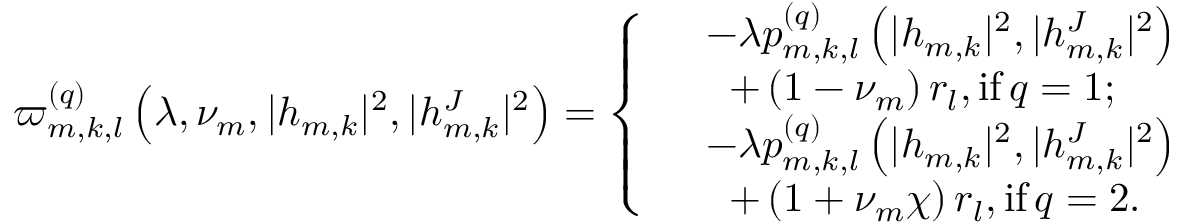
\varpi _ { m , k , l } ^ { ( q ) } \left( \lambda , \nu _ { m } , | h _ { m , k } | ^ { 2 } , | h _ { m , k } ^ { J } | ^ { 2 } \right) = \left\{ \begin{array} { r l } & { - \lambda p _ { m , k , l } ^ { ( q ) } \left( | h _ { m , k } | ^ { 2 } , | h _ { m , k } ^ { J } | ^ { 2 } \right) } \\ & { \; \; + \left( 1 - \nu _ { m } \right) r _ { l } , { \mathrm { i f } } \, q = 1 ; } \\ & { - \lambda p _ { m , k , l } ^ { ( q ) } \left( | h _ { m , k } | ^ { 2 } , | h _ { m , k } ^ { J } | ^ { 2 } \right) } \\ & { \; \; + \left( 1 + \nu _ { m } \chi \right) r _ { l } , { \mathrm { i f } } \, q = 2 . } \end{array} \right.